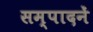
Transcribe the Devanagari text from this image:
सम्पादनें